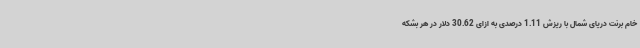
خام برنت دریای شمال با ریزش 1.11 درصدی به ازای 30.62 دلار در هر بشکه